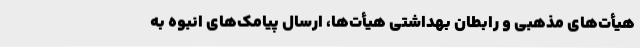
هیأت‌های مذهبی و رابطان بهداشتی هیأت‌ها، ارسال پیامک‌های انبوه به